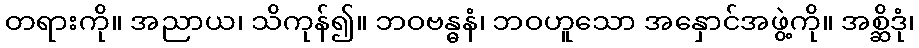
တရားကို။ အညာယ၊ သိကုန်၍။ ဘဝဗန္ဓနံ၊ ဘဝဟူသော အနှောင်အဖွဲ့ကို။ အစ္ဆိဒုံ၊